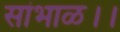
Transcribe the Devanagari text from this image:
सांभाळ।।